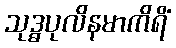
သုဒ္ဓပုလိနမာကိရိံ